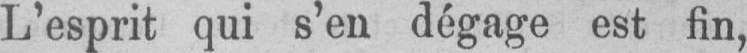
L’esprit qui s’en dégage est fin,